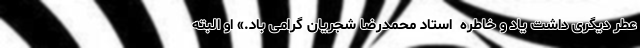
عطر دیگری داشت یاد و خاطره  استاد محمدرضا شجریان گرامی باد.» او البته